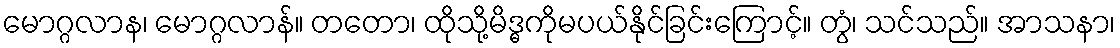
မောဂ္ဂလာန၊ မောဂ္ဂလာန်။ တတော၊ ထိုသို့မိဒ္ဓကိုမပယ်နိုင်ခြင်းကြောင့်။ တွံ၊ သင်သည်။ အာသနာ၊